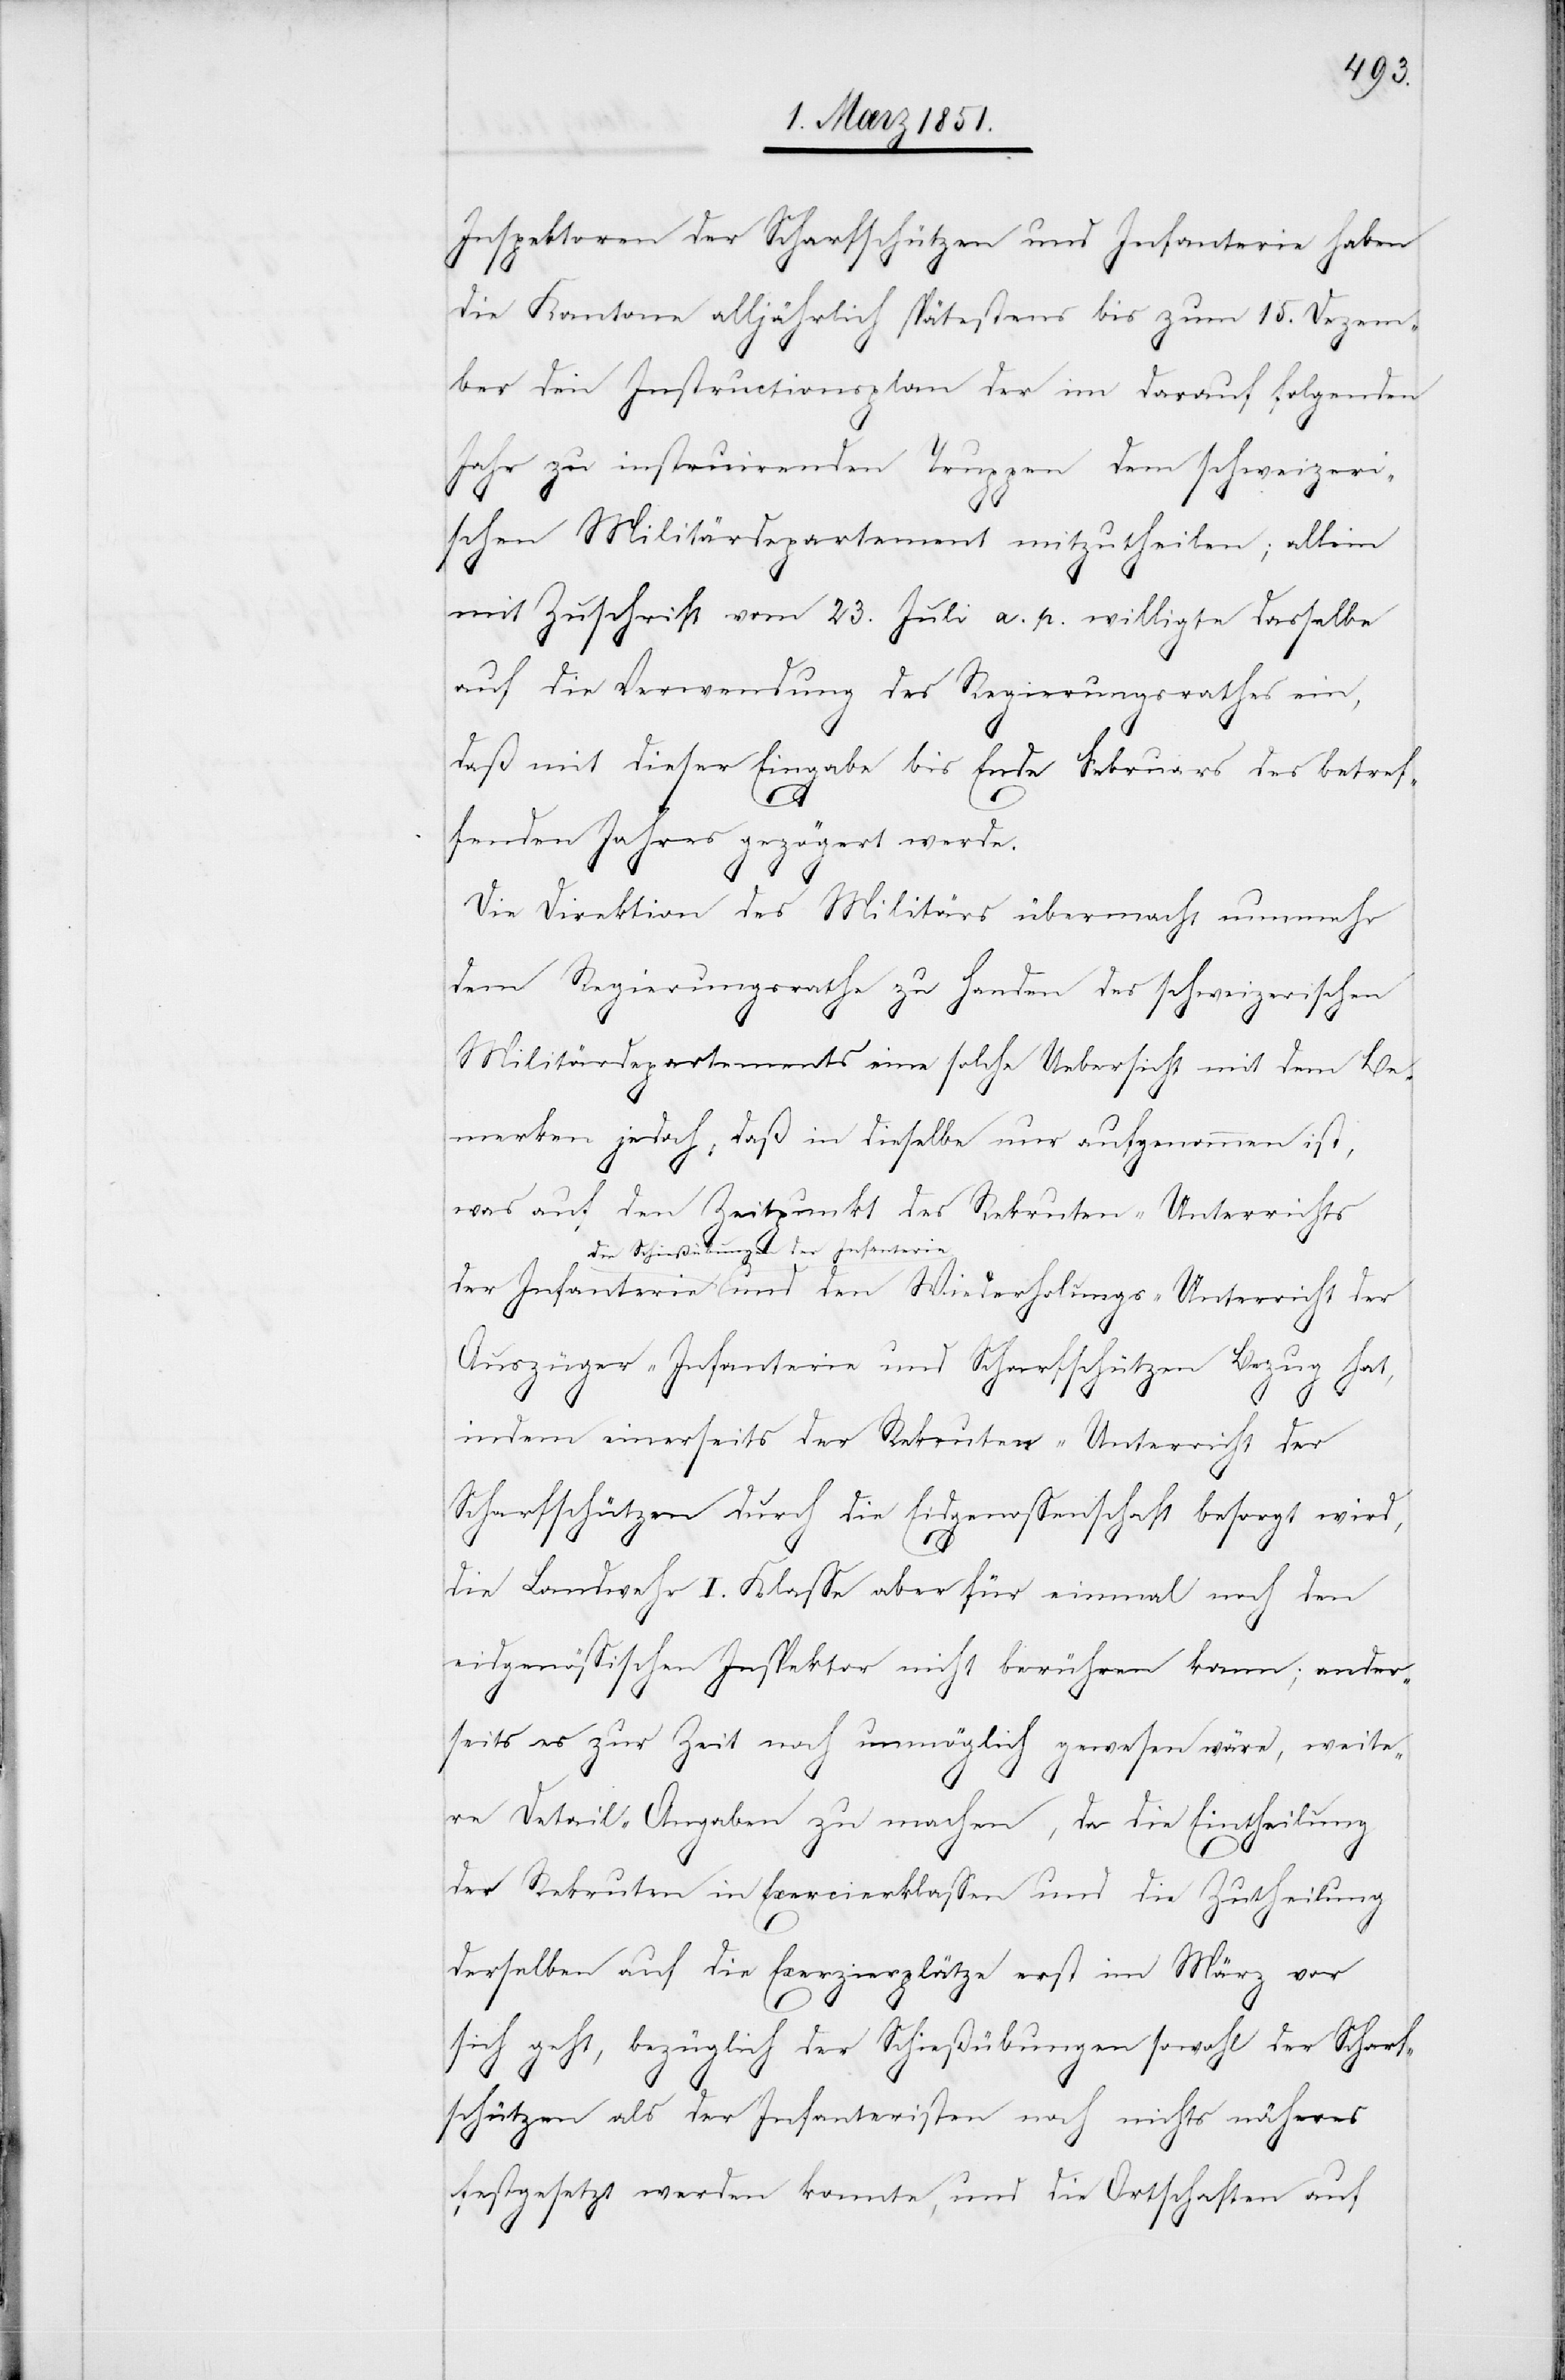
Inspektoren der Scharfschützen und Infanterie haben
die Kantone alljährlich spätestens bis zum 15. Dezem¬
ber den Instructionsplan der im darauf folgenden
Jahr zu instruirenden Truppen dem schweizeri¬
schen Militärdepartement mitzutheilen; allein
mit Zuschrift vom 23. Juli a. p. willigte dasselbe
auf die Verwendung des Regierungsrathes ein,
daß mit dieser Eingabe bis Ende Februars des betref¬
fenden Jahres gezögert werde.
Die Direktion des Militärs übermacht nunmehr
dem Regierungsrathe zu Handen des schweizerischen
Militärdepartements eine solche Uebersicht mit dem Be¬
merken jedoch, daß in dieselbe nur aufgenommen ist,
was auf den Zeitpunkt des Rekruten-Unterrichts
der Infanterie und den Wiederholungs-Unterricht der
Auszüger-Infanterie und Scharfschützen Bezug hat,
indem einerseits der Rekruten-Unterricht der
Scharfschützen durch die Eidgenossenschaft besorgt wird,
die Landwehr I. Klasse aber für einmal noch den
eidgenössischen Inspektor nicht berühren kann; ander¬
seits es zur Zeit noch unmöglich gewesen wäre, weite¬
die
re Detail-Angaben zu machen, da die Eintheilung
der Rekruten in Exercierklassen und die Zutheilung
derselben auf die Exerzierplätze erst im März vor
sich geht, bezüglich der Schießübungen sowohl der Scharf¬
schützen als der Infanteristen noch nichts näheres
festgesetzt werden konnte, und die Ortschaften auf